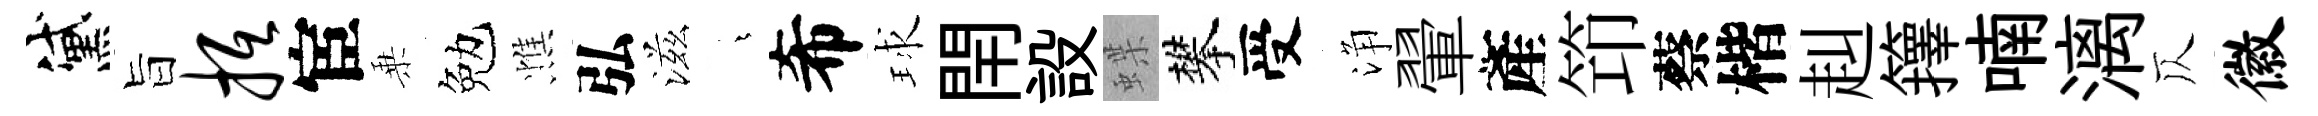
黛旨抵宦乗勉憔弘滋燁希球閈設蝶攀受浄翬產笻蔡楷赳籜喃漓仄徽